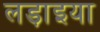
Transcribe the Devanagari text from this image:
लड़ाइया